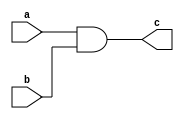
`timescale 1ns / 1ps
module _And(input a,b, 
    output c);
    wire _c;
    nand X1(_c,a,b);
    nand X2(c,_c,_c);
endmodule